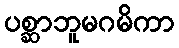
ပစ္ဆာဘူမဂမိကာ